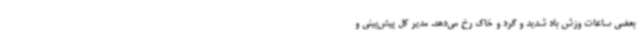
بعضی ساعات وزش باد شدید و گرد و خاک رخ می‌دهد. مدیر کل پیش‌بینی و